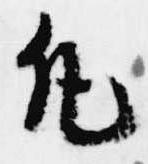
凡